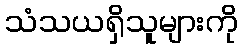
သံသယရှိသူများကို